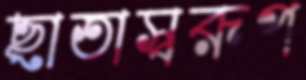
ছাতাস্বরূপ